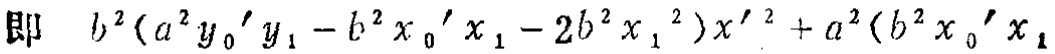
即 \(b^{2}(a^{2}y_{0}'y_{1}-b^{2}x_{0}'x_{1}-2b^{2}x_{1}^{2})x'^{2}+a^{2}(b^{2}x_{0}'x_{1}\)